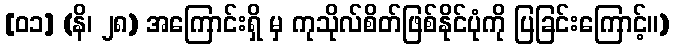
[၀၁] (နိ၊ ၂၈) အကြောင်းရှိ မှ ကုသိုလ်စိတ်ဖြစ်နိုင်ပုံကို ပြခြင်းကြောင့်။)